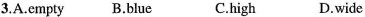
3.A.Empty B.Blue C.High D.Wide